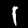
Digit: 1